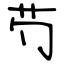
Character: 芍